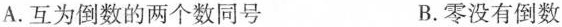
A.互为倒数的两个数同号 B.零没有倒数